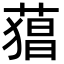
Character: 𮐫